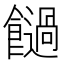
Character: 𩟂